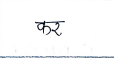
मजकूर: कर